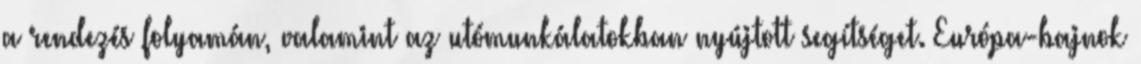
a rendezés folyamán, valamint az utómunkálatokban nyújtott segítséget. Európa-bajnok